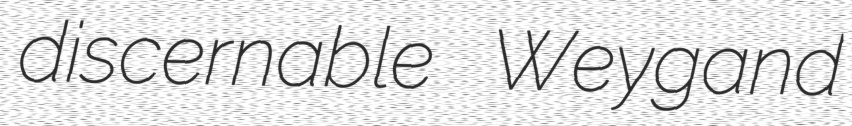
discernable Weygand